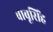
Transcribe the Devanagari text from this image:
बाबूसिंह